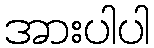
အားပါပါ